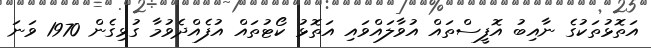
އަތޮޅުތަކުގެ ނާއިބު އޮފީސްތައް އުވާލައްވައި އަތޮޅު ކޯޓުތައް އުފެއްދެވުމާ ގުޅިގެން 1970 ވަނަ